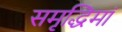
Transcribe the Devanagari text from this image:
समृद्धिमां